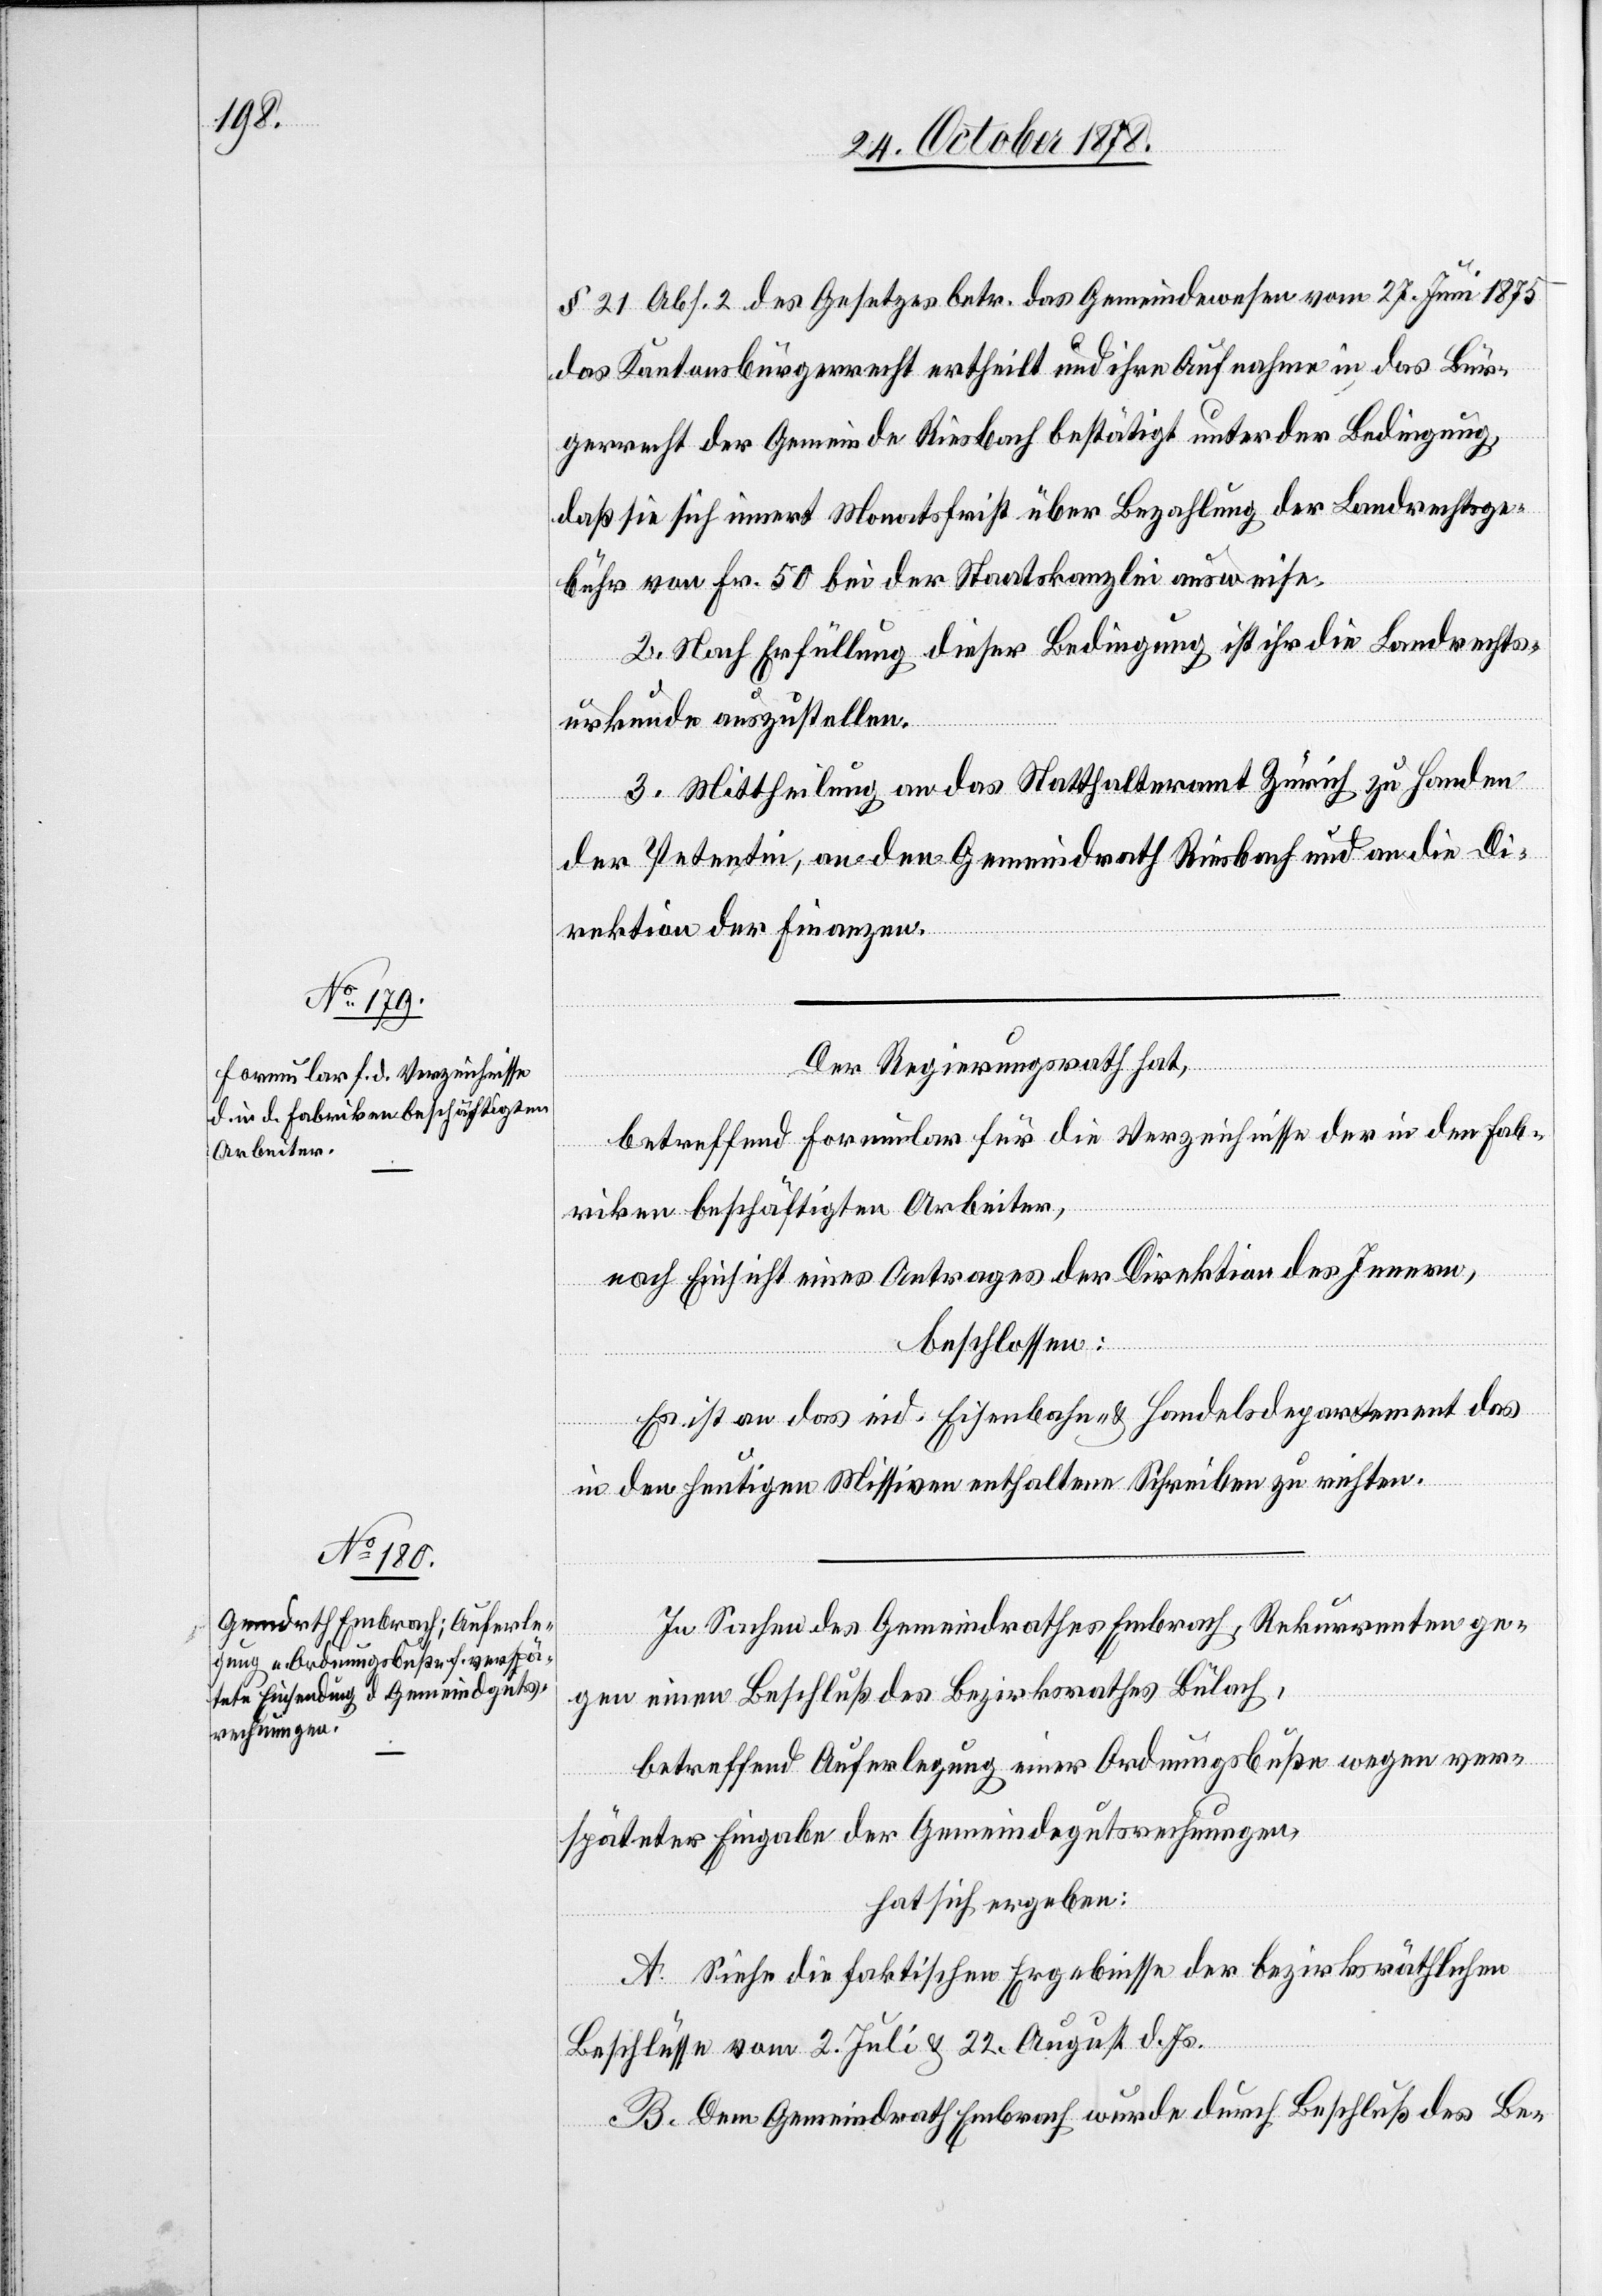
§ 21 Abs. 2 des Gesetzes betr. das Gemeindewesen vom 27. Juni 1875
das Kantonsbürgerrecht ertheilt und ihre Aufnahme in das Bür¬
gerrecht der Gemeinde Riesbach bestätigt unter der Bedingung
daß sie sich innert Monatsfrist über Bezahlung der Landrechtsge¬
bühr von Fr. 50 bei der Staatskanzlei ausweise.
2. Nach Erfüllung dieser Bedingung ist ihr die Landrechts¬
urkunde auszustellen.
3. Mittheilung an das Statthalteramt Zürich zu Handen
der Petentin, an den Gemeindrath Riesbach und an die Di¬
rektion der Finanzen.
Der Regierungsrath hat,
betreffend Formular für die Verzeichnisse der in den Fab¬
riken beschäftigten Arbeiter,
nach Einsicht eines Antrages der Direktion des Innern,
beschlossen:
Es ist an das eid. Eisenbahn- & Handelsdepartement das
in den heutigen Missiven enthaltene Schreiben zu richten.
In Sachen des Gemeindrathes Embrach, Rekurrenten ge¬
gen einen Beschluß des Bezirksrathes Bülach,
betreffend Auferlegung einer Ordnungsbuße wegen ver¬
späteter Eingabe der Gemeindegutsrechnungen,
hat sich ergeben:
A. Siehe die faktischen Ergebnisse der bezirksräthlichen
Beschlüsse vom 2. Juli & 22. August d. Js.
B. Dem Gemeindrath Embrach wurde durch Beschluß des Be-